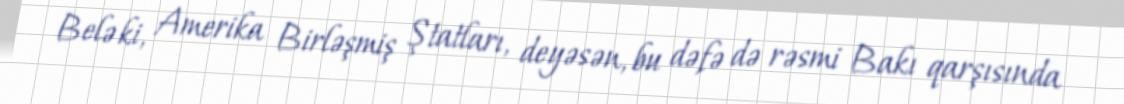
Belə ki, Amerika Birləşmiş Ştatları, deyəsən, bu dəfə də rəsmi Bakı qarşısında